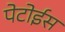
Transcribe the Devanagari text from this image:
पेटोईस